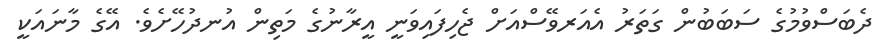
ދެބަސްވުމުގެ ސަބަބުން ގަތަރު އެއަރވޭސްއަށް ޖެހިފައިވަނީ އީރާނުގެ މަތިން އުނދުހޭށެވެ. އޭގެ މާނައަކީ